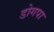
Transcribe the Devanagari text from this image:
डोगपा